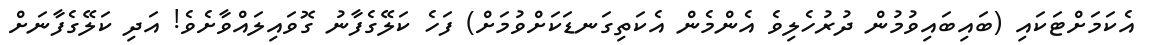
އެކަމަށްޓަކައި (ބައިބައިވުމުން ދުރުހެލިވެ އެންމެން އެކަތިގަނޑަކަށްވުމަށް) ފަހެ ކަލޭގެފާނު ގޮވައިލައްވާށެވެ! އަދި ކަލޭގެފާނަށް